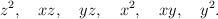
LaTeX: \begin{align*}z^2, \quad xz, \quad yz, \quad x^2, \quad xy, \quad y^2.\end{align*}